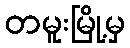
တမူးမြို့မှ